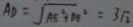
A D = \sqrt { A E ^ { 2 } + D F ^ { 2 } } = 3 \sqrt { 2 }